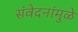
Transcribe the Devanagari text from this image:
संवेदनांमुळे